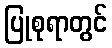
ပြုစုရာတွင်